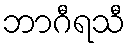
ဘာဂီရသီ